Triennial report on the lunatic asylums in the province of Eastern Bengal and Assam - 1903-1911
Year: 1903
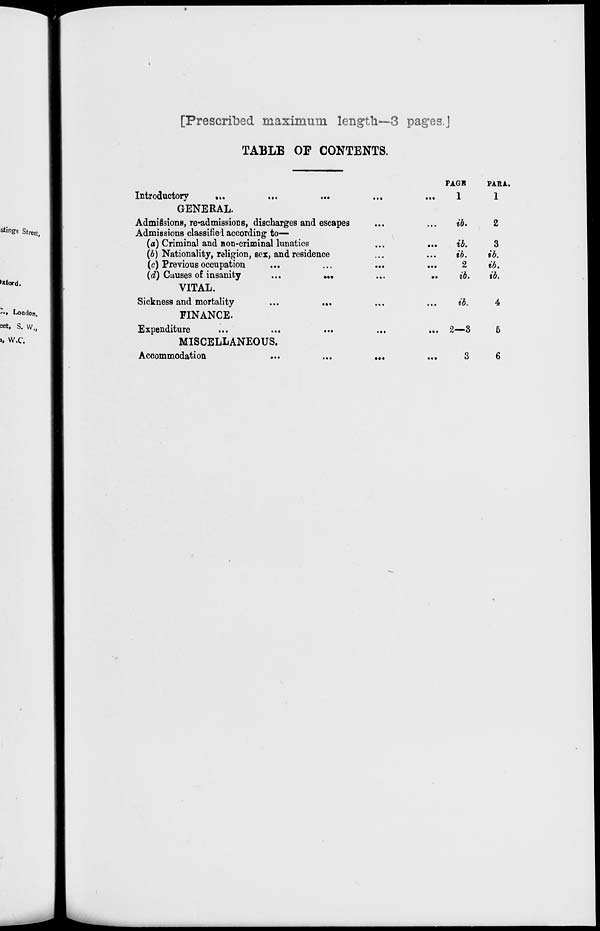
[Prescribed maximum length—3 pages.]
TABLE OF CONTENTS.
Introductory
...
...
...
...
...
PAGE
1
PARA.
1
GENERAL.
Admissions, re-admissions, discharges and escapes ... ...
Admissions classified according to—
(a) Criminal and non-criminal lunatics ... ...
(b) Nationality, religion, sex, and residence ... ...
(c) Previous occupation ... ... ... ...
(d) Causes of insanity
... ... ... ...
ib.
ib.
ib.
2
ib.
2
3
ib.
ib.
ib.
VITAL.
Sickness and mortality
...
... ... ...
ib.
4
FINANCE.
Expenditure
...
...
...
...
... 2—3
5
MISCELLANEOUS.
Accommodation
...
...
...
...
3
6